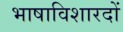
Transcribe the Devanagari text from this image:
भाषाविशारदों